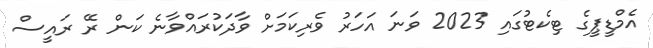
އެމްޑީޕީގެ ޓިކެޓުގައި 2023 ވަނަ އަހަރު ވެރިކަމަށް ވާދަކުރައްވާނެ ކަން ރޭ ރައީސް